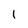
Character: 1